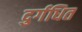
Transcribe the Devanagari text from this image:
दुर्गधित